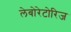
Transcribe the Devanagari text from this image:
लेबोरेटोरिज